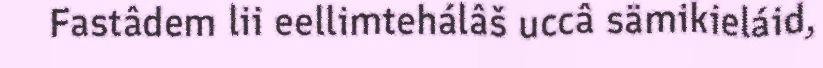
Fastâdem lii eellimtehálâš uccâ sämikieláid,